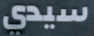
سيدي